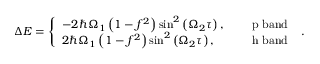
\begin{array} { r } { \Delta { \cal E } = \left\{ \begin{array} { l l } { - 2 \hbar \Omega _ { 1 } \left( 1 - f ^ { 2 } \right) \sin ^ { 2 } \left( \Omega _ { 2 } \tau \right) , } & { \quad \mathrm { ~ p ~ b a n d ~ } } \\ { 2 \hbar \Omega _ { 1 } \left( 1 - f ^ { 2 } \right) \sin ^ { 2 } \left( \Omega _ { 2 } \tau \right) , } & { \quad \mathrm { ~ h ~ b a n d ~ } } \end{array} \right. . } \end{array}